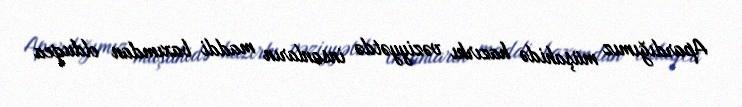
Apardığımız müşahidə hazırkı vəziyyətdə insanların maddi baxımdan olduqca